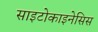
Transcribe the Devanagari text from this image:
साइटोकाइनेसिस